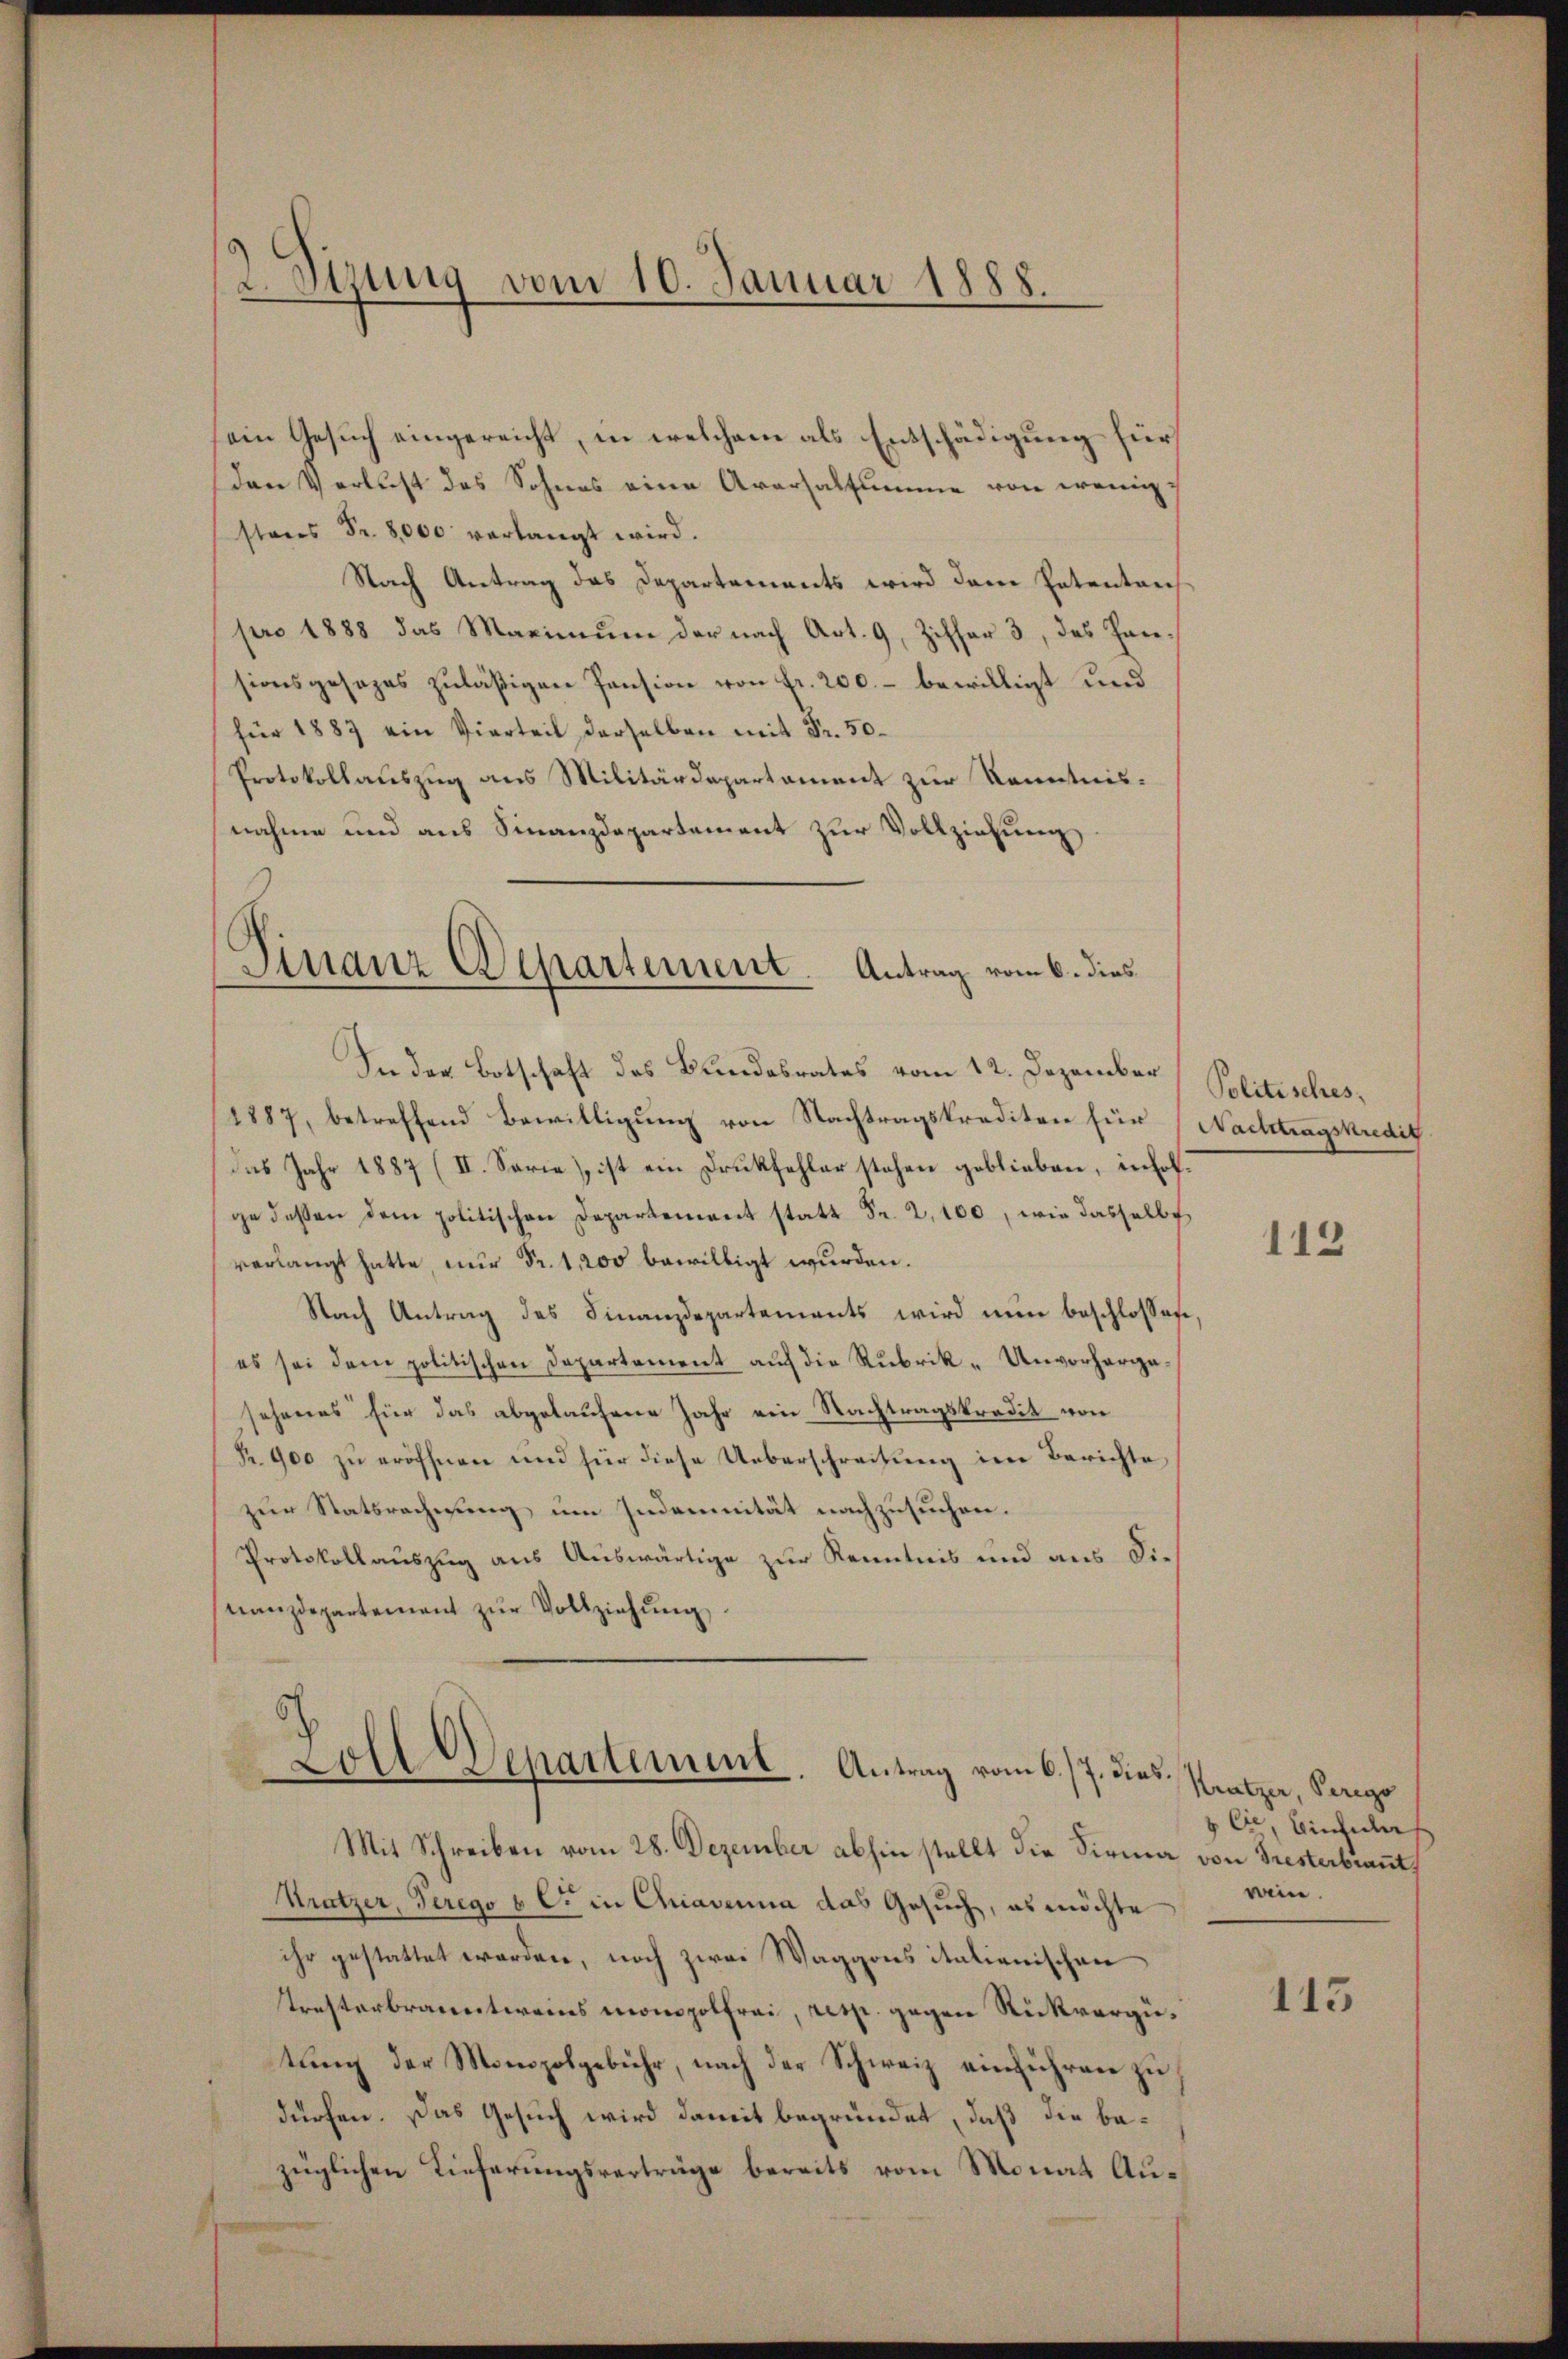
2 Dizung vom 10. Januar 1888.

ein Gesuch eingereicht, in welchem als Entschädigung für
Den Verlust des Sohnes eine Aversalsumme von wenigstens Fr. 8,000 verlangt wird.
Nach Antrag das Departements wird dem Patentrich
pro 1888 das Maximŭm der nach Art. 9, Ziffer 3, das Hansionsgesezes zuläßigen Pension von Fr. 200.- bewilligt und
für 1887 ein Vierteil derselben mit Fr. 50
Protokollauszug aus Militärdepartament zur Kenntnisnahme und aus Finanzdepartement zur Vollziehung
In der Botschaft des Bundesrates vom 12. Dezember
1887, betreffend Bewilligung von Nachtragskrediten für Nachtragskredig
das Jahr 1887 (II. Serie), ist ein Druckfehler stehen geblieben, inholge dessen dem politischen Departement statt Fr. 2, 100, wie dasselbs
verlangt hatte, nur Fr. 1, 200 bewilligt wurden.
Nach Antrag des Finanzdepartements wird nun beschlossese,
es sei dem politischen Departement auf die Rubrik-Unvorhergesehenes für das abgelaufene Jahr ein Nachtragskredit von
Pr. 900 zu eröffnen und für diese Ueberschreitung im Berichte
zur Statsrechnung um Indemnität nachzusuchen.
Protokollauszug aus Auswärtige zur Kenntnis und aus die
nanzdepartement zŭr Vollziehung.
Zoll Departement. Antrag vom 6./7. dies¬

Mit Schreiben vom 28. Dezember abhin stellt die Firma von Tresterbrauts
Krätzer, Perego b C. in Chiavenia das Gesuch, es möchte
ihr gestattet werden, noch zwei Waggons italianischen
Tresterbranntweines monopolfrei, resp. gegen Rückvergütung der Monopolgebühr, nach der Schweiz einführen zu
dürfen. Das Gesuch wird damit begründet, daß die bezüglichen Lieferungsverträge bereits vom Monat Au¬

Finanz Departement. Antrag vom 6. dies

Politisches,

113

Kratzer, Perigo
 Cie, biechider
wein.

113